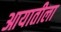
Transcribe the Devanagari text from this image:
आयातीला